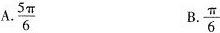
A.\frac{5π}{6} B.\frac{π}{6}